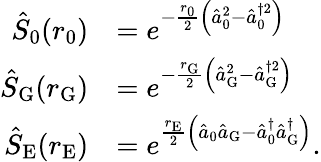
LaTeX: \begin{array}{rl}{\hat{S}_{0}(r_{0})}&{=e^{-\frac{r_{0}}{2}\left(\hat{a}_{0}^{2}-\hat{a}_{0}^{\dagger 2}\right)}}\\ {\hat{S}_{\mathrm{G}}(r_{\mathrm{G}})}&{=e^{-\frac{r_{\mathrm{G}}}{2}\left(\hat{a}_{\mathrm{G}}^{2}-\hat{a}_{\mathrm{G}}^{\dagger 2}\right)}}\\ {\hat{S}_{\mathrm{E}}(r_{\mathrm{E}})}&{=e^{\frac{r_{\mathrm{E}}}{2}\left(\hat{a}_{0}\hat{a}_{\mathrm{G}}-\hat{a}_{0}^{\dagger}\hat{a}_{\mathrm{G}}^{\dagger}\right)}.}\end{array}